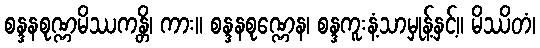
စန္ဒနစုဏ္ဏမိဿကန္တိ၊ ကား။ စန္ဒနစုဏ္ဏေန၊ စန္ဒကူးနံ့သာမှုန့်နှင့်။ မိဿိတံ၊